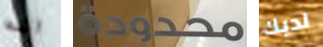
انه محدودة لديك